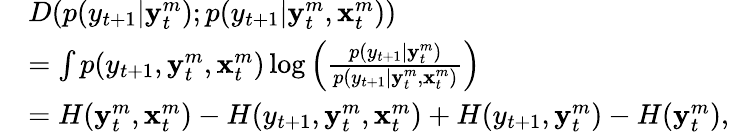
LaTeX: \begin{array}{rl}&{D(p(y_{t+1}|\mathbf{y}_{t}^{m});p(y_{t+1}|\mathbf{y}_{t}^{m},\mathbf{x}_{t}^{m}))}\\ &{=\int p(y_{t+1},\mathbf{y}_{t}^{m},\mathbf{x}_{t}^{m})\log\left(\frac{p(y_{t+1}|\mathbf{y}_{t}^{m})}{p(y_{t+1}|\mathbf{y}_{t}^{m},\mathbf{x}_{t}^{m})}\right)}\\ &{=H(\mathbf{y}_{t}^{m},\mathbf{x}_{t}^{m})-H(y_{t+1},\mathbf{y}_{t}^{m},\mathbf{x}_{t}^{m})+H(y_{t+1},\mathbf{y}_{t}^{m})-H(\mathbf{y}_{t}^{m}),}\end{array}